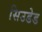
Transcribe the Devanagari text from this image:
सिउडेड